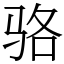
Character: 骆